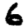
Digit: 6